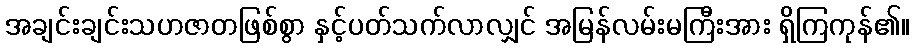
အချင်းချင်းသဟဇာတဖြစ်စွာ နှင့်ပတ်သက်လာလျှင် အမြန်လမ်းမကြီးအား ရှိကြကုန်၏။